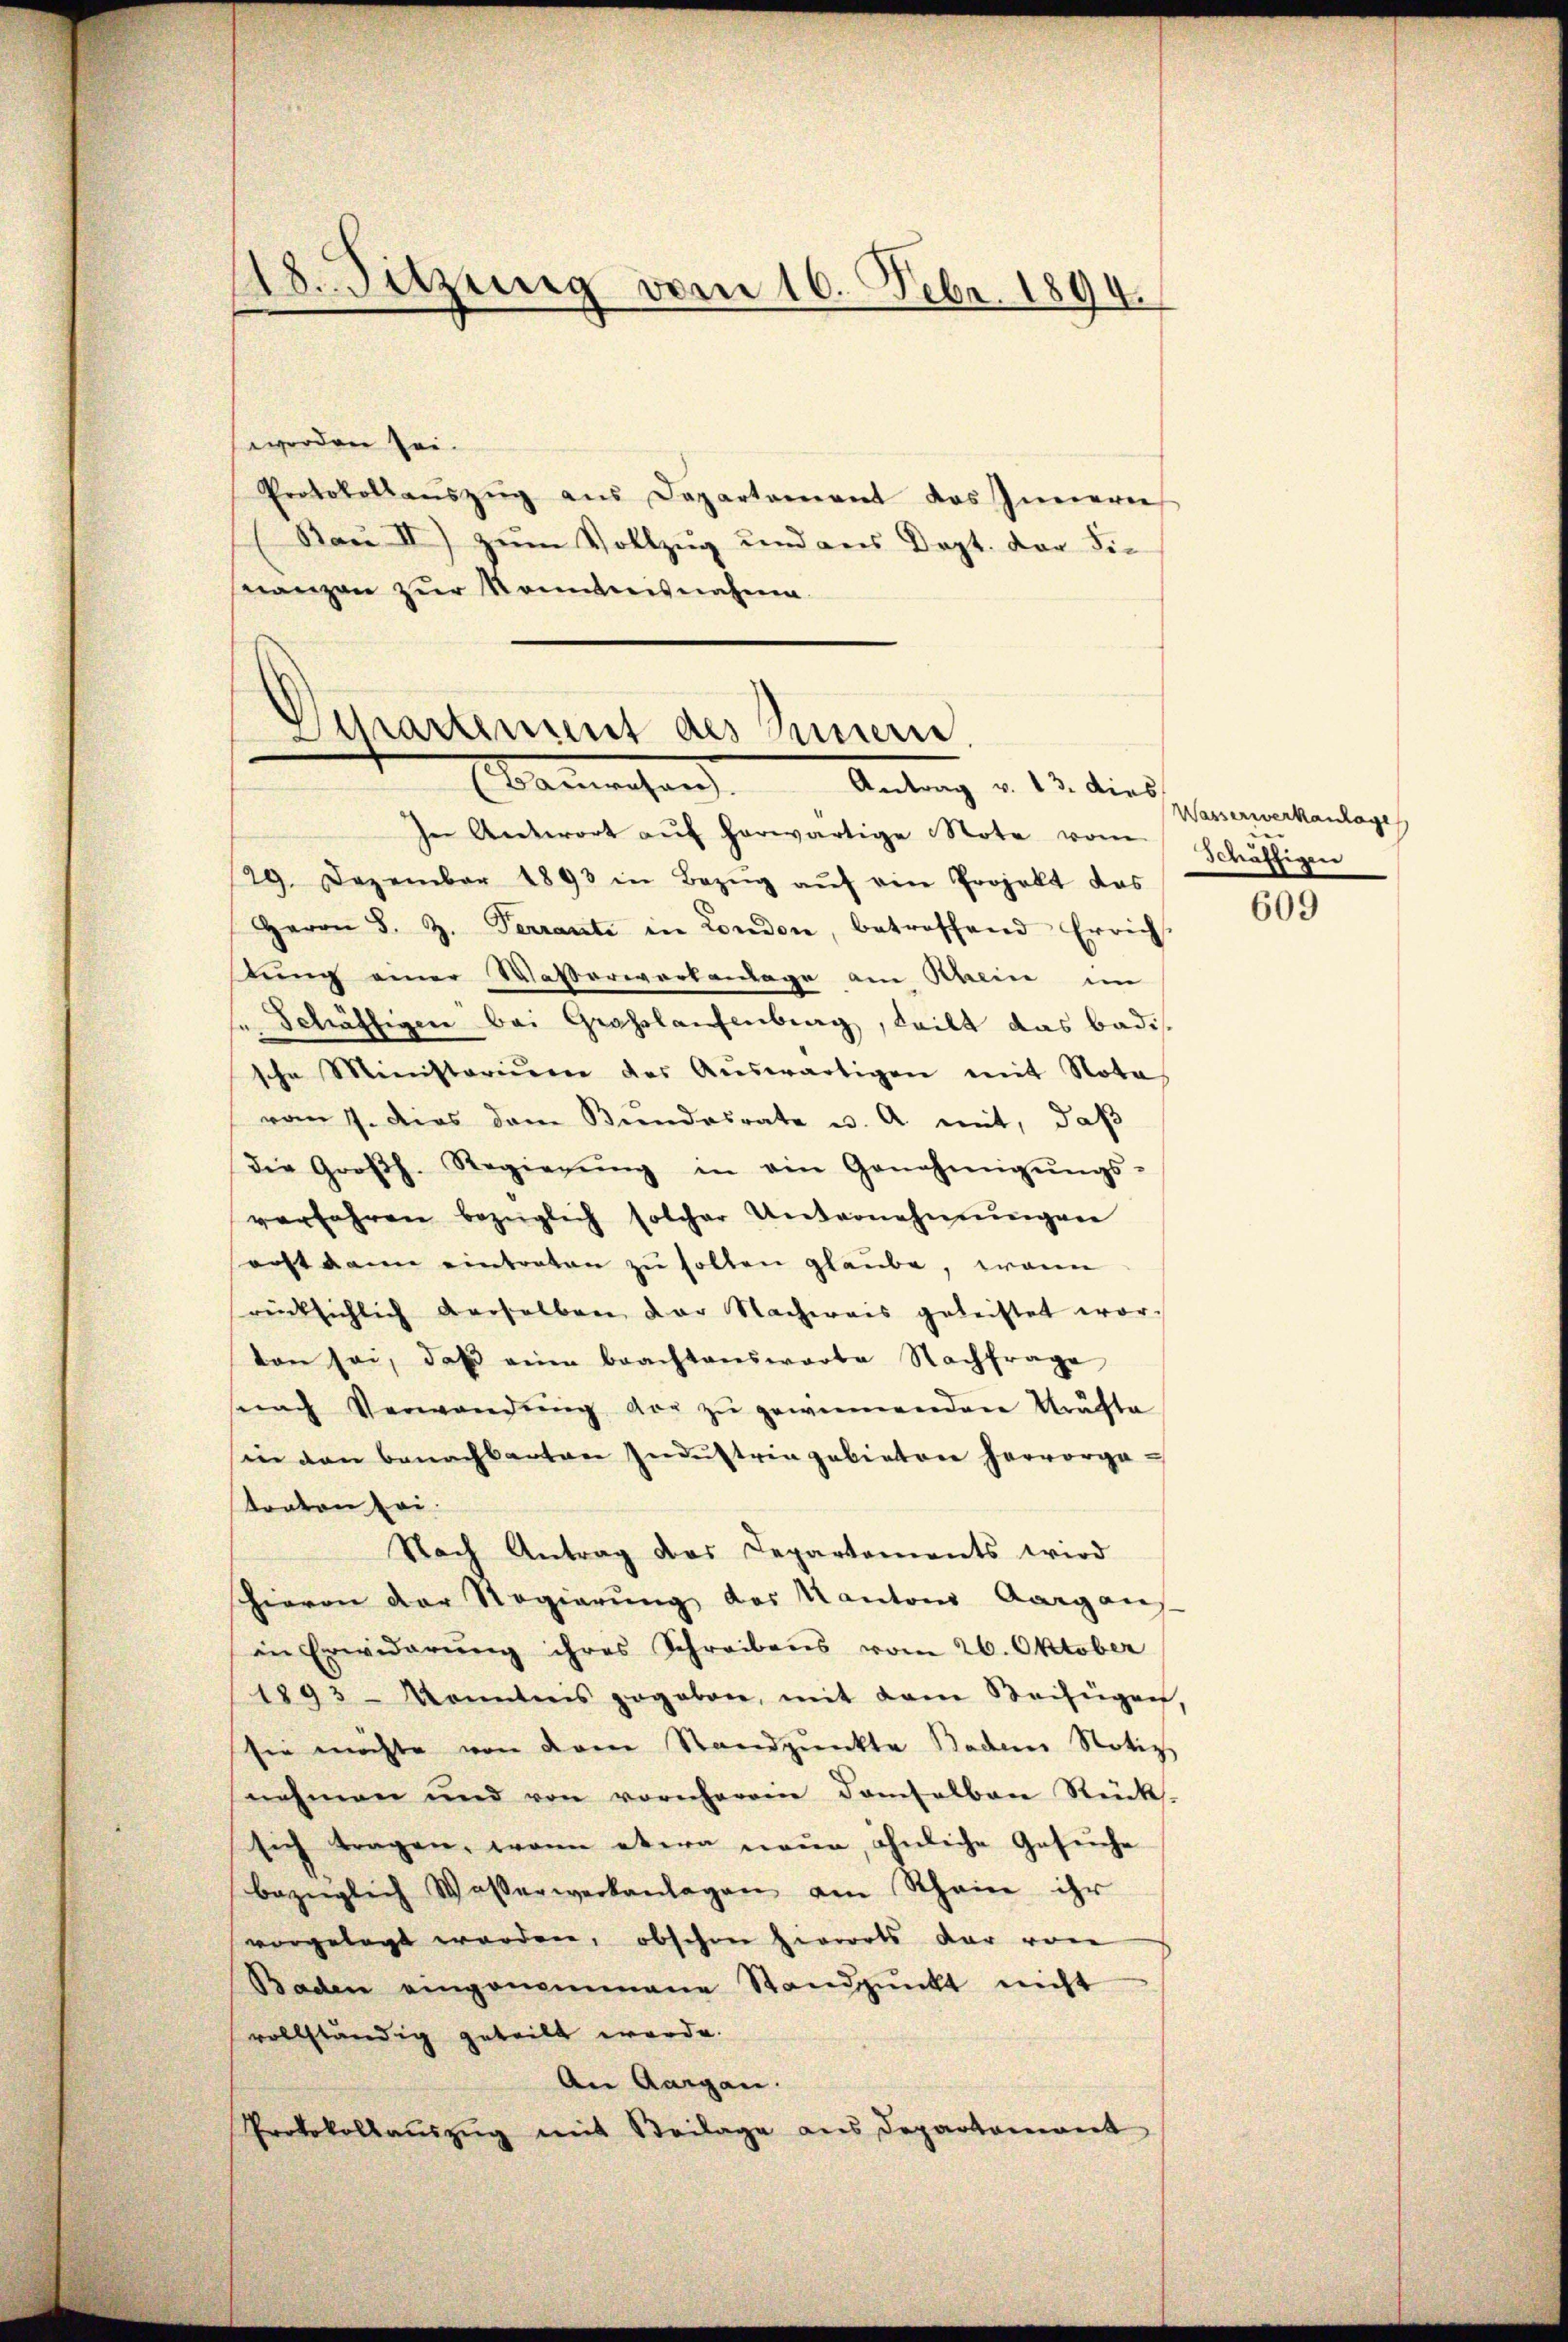
18. Sitzung vom 16. Febr. 1894.

werden sei.
Protokollaŭszŭg aŭs Departement das Innern
(Rau II) zum Vollzug und aus Dept. der Finanzen zur Kenntnisnahme

chartement des Innern.
Bammenhan
Antrag v. 23. die Wasserwerkanlage

In Antwort aŭf herwärtige Note vom Schäftigen
29. Dezember 1893 in Bezŭg aŭf ein Projekt das
Herrn S. Z. Terrante in London, betroffend Errich
lung einer Wasserwortanlage am Rhein im
Schäftigen bei Grosslaufenberg, teilt das Badissche Ministerium des Aŭswärtigen mit Nota
vom 7. dies dem Bundesrate u. A mit, daß
die Großh. Regierŭng in ein Genehmigŭngs-
verfahren bezüglich solcher Unternehmŭngen
echt dann eintraten zu sollen glaube, wenn
rücksichlich derselben der Nachweis geleistet wor-
ton sei, daβ eine beachtenswarte Nachfrage
snach Verwandŭng vor zŭ gewinnenden Kräfte
in den benachbarter Indŭstrin gebieten hervorgatonton sei.
Nach Antrag das Departements wird
hievon der Regierŭng des Kantons Aargans-
in Erwiderŭng ihres Schreibens vom 26. Oktober
1893 - Kenntnis gegeben, mit dem Beisingen,
sie möchte von dem Standpunkte Baden Notiz
nahmen und von vornhereine Samtalban Rück-
sich tragen, wenn etwa neue, ähnliche Gesuche
bezüglich Wasserwerkanlagen am Rhein ihr
vorgelegt worden, obschon hierorts dar von
Baden eingenommene Standpŭnkt nicht
vollständig geteilt werde.
An Aargau.
Protokollauszug mit Beilage aus Departemont

609